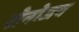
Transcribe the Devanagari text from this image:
रोनोजय